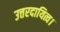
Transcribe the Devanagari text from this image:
उत्तरदायित्व।